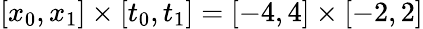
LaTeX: [x_{0},x_{1}]\times[t_{0},t_{1}]=[-4,4]\times[-2,2]